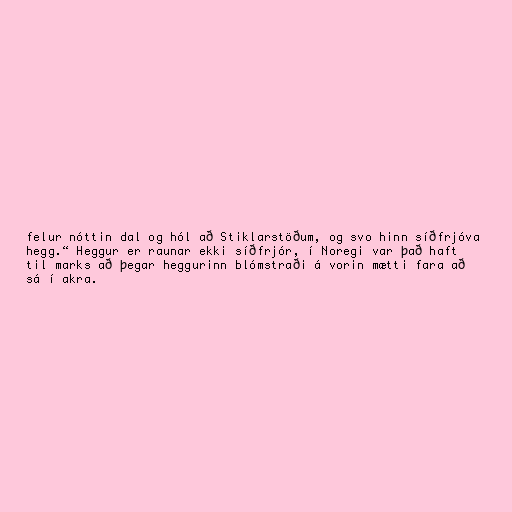
felur nóttin dal og hól að Stiklarstöðum, og svo hinn síðfrjóva
hegg.“ Heggur er raunar ekki síðfrjór, í Noregi var það haft
til marks að þegar heggurinn blómstraði á vorin mætti fara að
sá í akra.